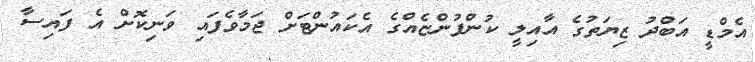
އެމްޑީ އަބްދު ޒިޔަތުގެ އާއިލީ ކުންފުންޏެއްގެ އެކައުންޓަށް ޖަމާވެފައި ވަނިކޮށް އެ ފައިސާ